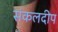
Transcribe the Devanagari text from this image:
संकलदीप